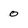
Character: 0